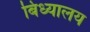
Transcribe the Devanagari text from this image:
बिध्यालय